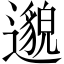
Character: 邈